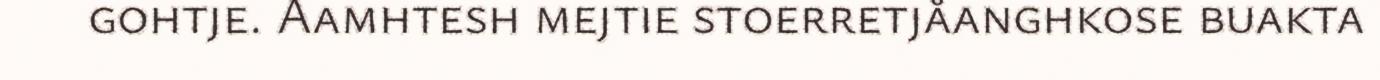
gohtje. Aamhtesh mejtie stoerretjåanghkose buakta